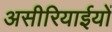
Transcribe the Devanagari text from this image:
असीरियाईयों